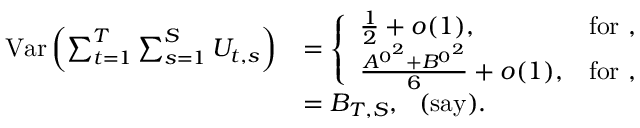
\begin{array} { r l } { \mathrm { V a r } \left( \sum _ { t = 1 } ^ { T } \sum _ { s = 1 } ^ { S } U _ { t , s } \right) } & { = \left\{ \begin{array} { l l } { \frac { 1 } { 2 } + o ( 1 ) , } & { \mathrm { f o r ~ , } } \\ { \frac { { A ^ { 0 } } ^ { 2 } + { B ^ { 0 } } ^ { 2 } } { 6 } + o ( 1 ) , } & { \mathrm { f o r ~ , } } \end{array} \right. } \\ & { = B _ { T , S } , ~ ~ \mathrm { ( s a y ) } . } \end{array}